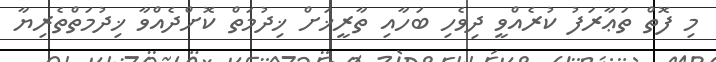
މި ފޮތް ތަޢާރަފު ކުރެއްވީ ދިވެހި ބަހާއި ތާރީޚަށް ޚިދުމަތް ކޮށްދެއްވާ ޚިދުމަތްތެރިޔާ